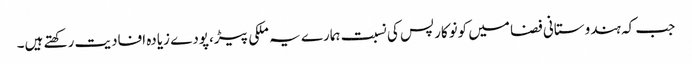
جب کہ ہندوستانی فضا میں کونوکارپس کی نسبت ہمارے یہ ملکی پیڑ،پودے زیادہ افادیت رکھتے ہیں۔